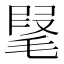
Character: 𣮫